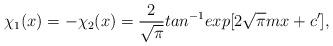
LaTeX: \begin{align*}\chi_1(x)=-\chi_2(x)=\frac{2}{\sqrt{\pi}}tan^{-1}exp[2\sqrt{\pi}mx+c'],\end{align*}